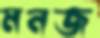
মনজ